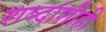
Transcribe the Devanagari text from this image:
शब्दांशीही